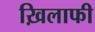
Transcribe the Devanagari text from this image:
ख़िलाफी